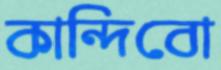
কান্দিবো